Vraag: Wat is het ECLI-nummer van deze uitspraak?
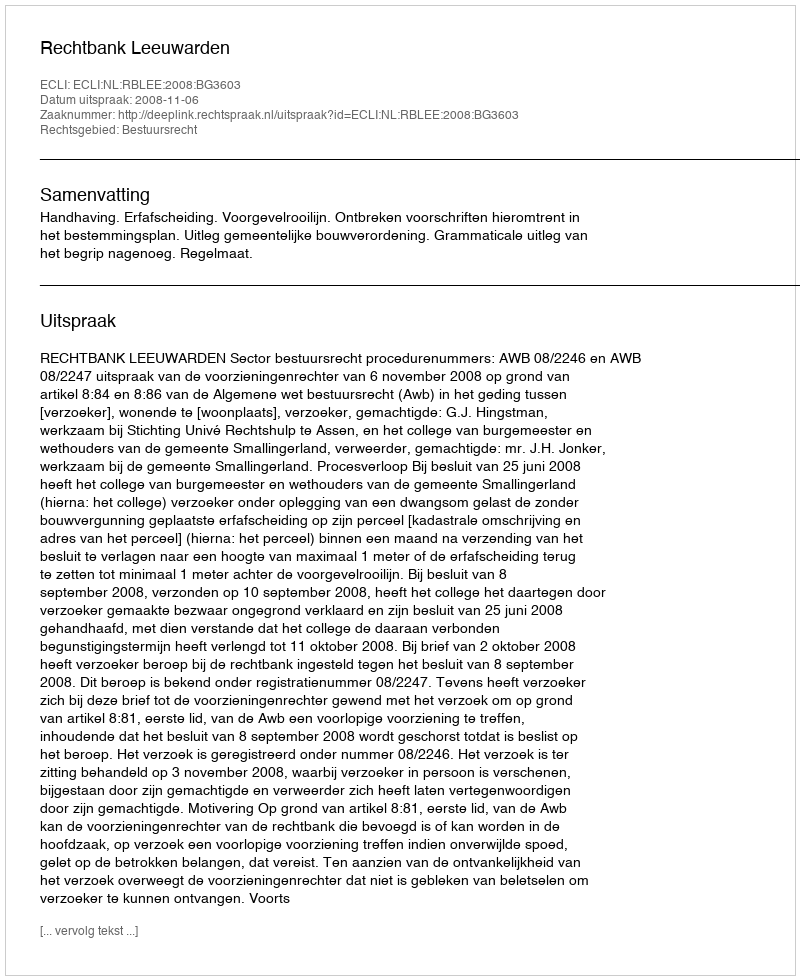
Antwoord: ECLI:NL:RBLEE:2008:BG3603